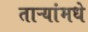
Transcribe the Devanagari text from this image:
ताऱ्यांमधे